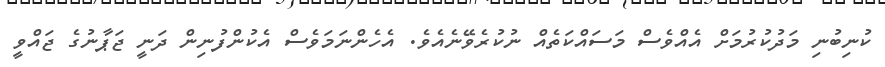
ކުނިބުނި މަދުކުރުމަށް އެއްވެސް މަސައްކަތެއް ނުކުރެވޭނެއެވެ. އެހެންނަމަވެސް އެކުންފުނިން ދަނީ ޖަޕާނުގެ ޖައްވީ